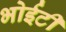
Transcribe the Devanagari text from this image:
भोईटी